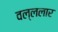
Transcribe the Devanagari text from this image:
वल्ललार